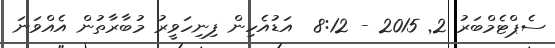
ސެޕްޓެމްބަރު 2